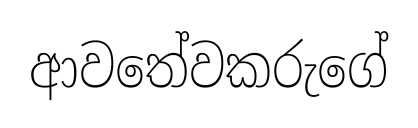
ආවතේවකරුගේ